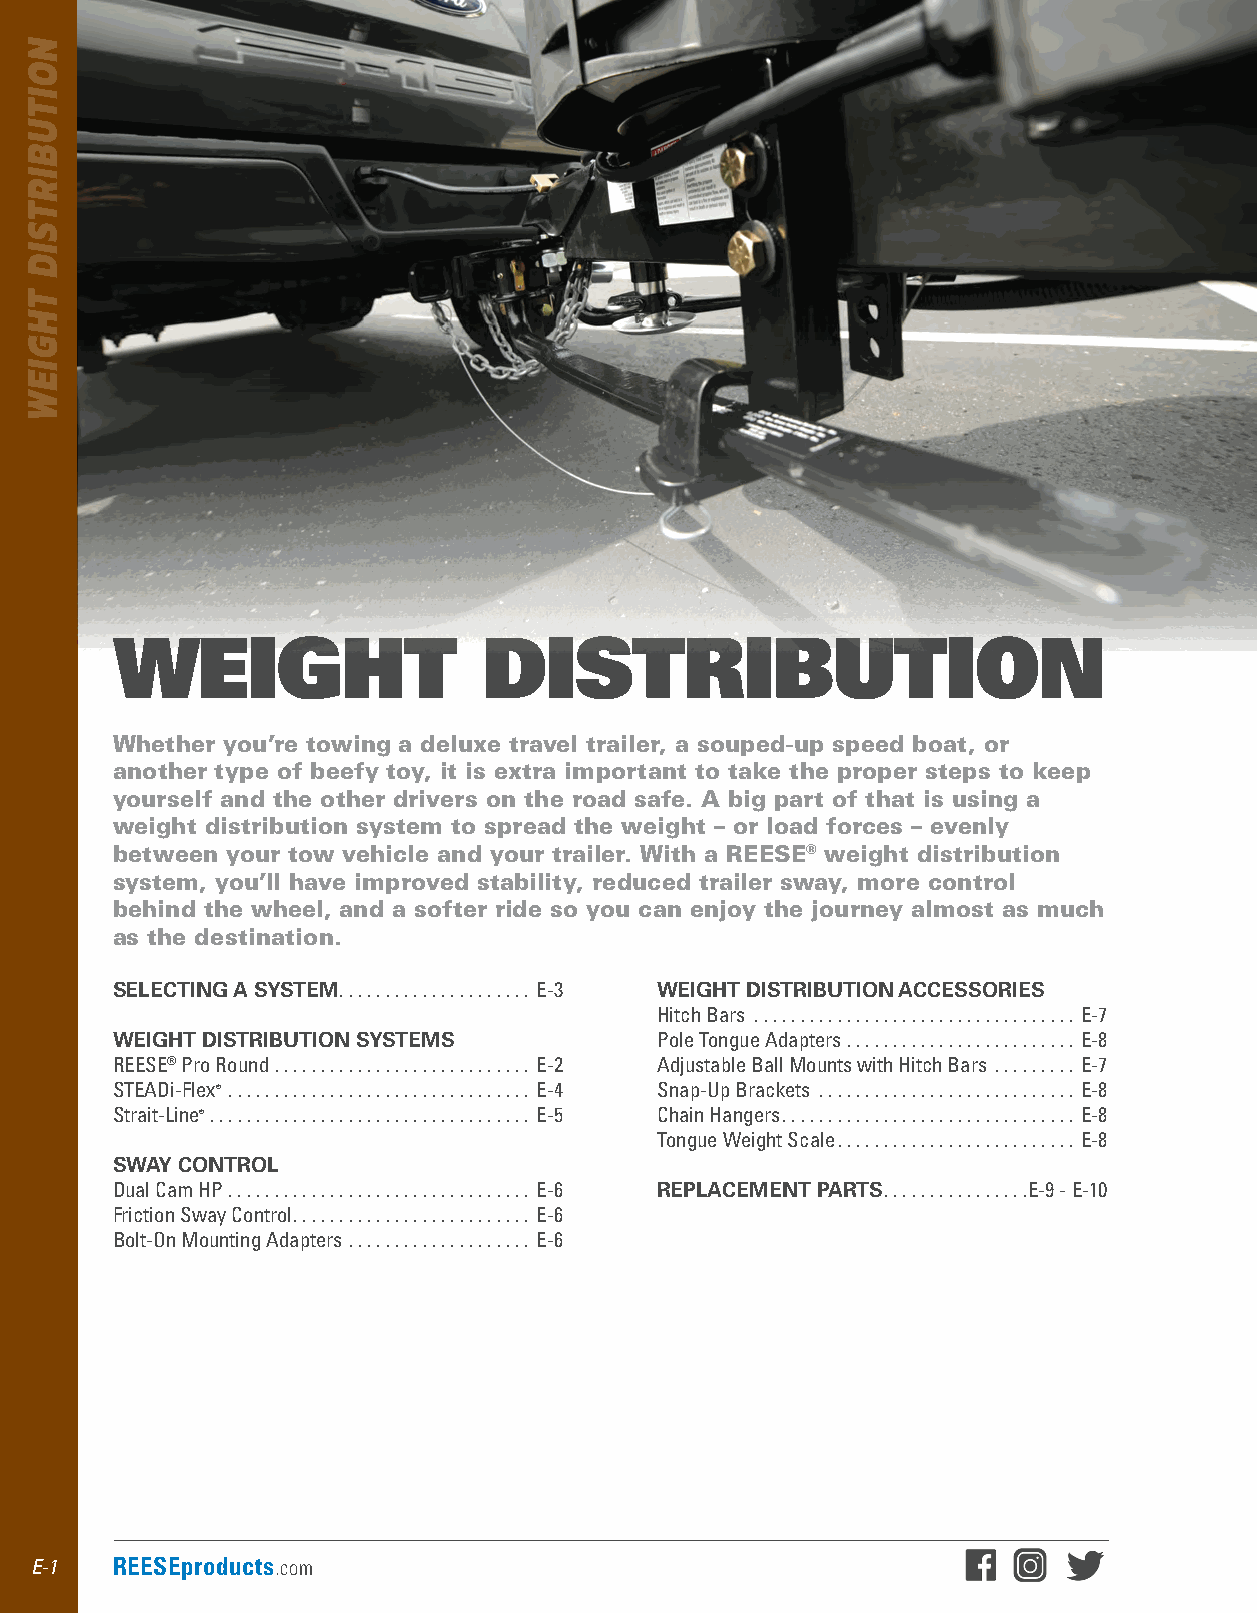
WEIGHT                  DISTRIBUTION
 Whether you’re towing a deluxe travel trailer, a souped-up speed boat, or
 another type of beefy toy, it is extra important to take the proper steps to keep
 yourself and the other drivers on the road safe. A big part of that is using a
 weight distribution system to spread the weight – or load forces – evenly
 between your tow vehicle and your trailer. With a REESE® weight distribution
 system, you’ll have improved stability, reduced trailer sway, more control
 behind the wheel, and a softer ride so you can enjoy the journey almost as much
 as the destination.
 SELECTING A SYSTEM . . . . . . . . . . . . . . . . . . . . . E-3 WEIGHT DISTRIBUTION ACCESSORIES
 Hitch Bars  . . . . . . . . . . . . . . . . . . . . . . . . . . . . . . . . . . . E-7
 WEIGHT DISTRIBUTION SYSTEMS         Pole Tongue Adapters  . . . . . . . . . . . . . . . . . . . . . . . . . E-8
 REESE® Pro Round  . . . . . . . . . . . . . . . . . . . . . . . . . . . . E-2 Adjustable Ball Mounts with Hitch Bars  . . . . . . . . . E-7
 STEADi-Flex®  . . . . . . . . . . . . . . . . . . . . . . . . . . . . . . . . . E-4 Snap-Up Brackets  . . . . . . . . . . . . . . . . . . . . . . . . . . . . E-8
 Strait-Line®  . . . . . . . . . . . . . . . . . . . . . . . . . . . . . . . . . . . E-5 Chain Hangers . . . . . . . . . . . . . . . . . . . . . . . . . . . . . . . . E-8
 Tongue Weight Scale . . . . . . . . . . . . . . . . . . . . . . . . . . E-8
 SWAY CONTROL
 Dual Cam HP  . . . . . . . . . . . . . . . . . . . . . . . . . . . . . . . . . E-6 REPLACEMENT PARTS . . . . . . . . . . . . . . . .E-9 - E-10
 Friction Sway Control . . . . . . . . . . . . . . . . . . . . . . . . . . E-6
 Bolt-On Mounting Adapters  . . . . . . . . . . . . . . . . . . . . E-6
 E-1  REESEproducts.com
 NOITUBIRTSID
 THGIEW